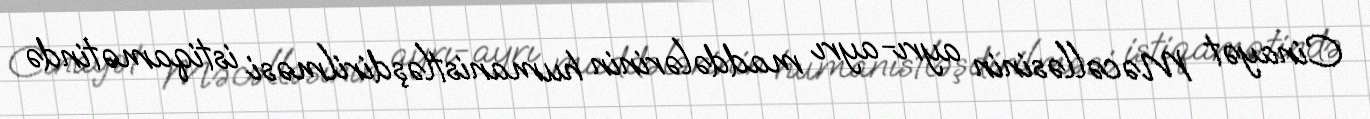
Cinayət Məcəlləsinin ayrı-ayrı maddələrinin humanistləşdirilməsi istiqamətində